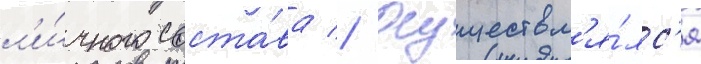
л'и́чного соста́ва // Осуществл'я́лс'я